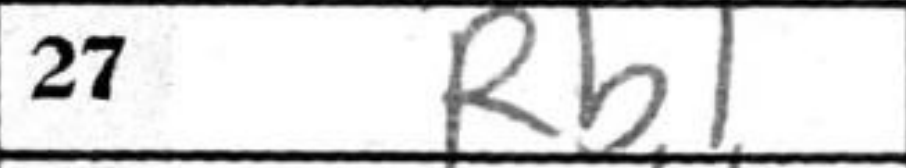
Transcription: Rb1